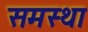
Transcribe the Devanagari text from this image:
समस्था